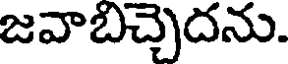
జవాబిచ్చెదను.